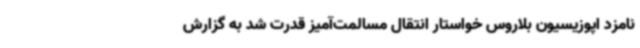
نامزد اپوزیسیون بلاروس خواستار انتقال مسالمت‌آمیز قدرت شد به گزارش